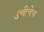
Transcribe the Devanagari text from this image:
उंचीचेच